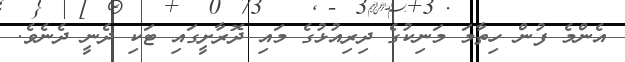
އެންމެ ފުން ހިތާމަ މަނިކުގެ ދިރިއުޅުގެ މައި ދޮރާށީގައި ޓަކި ދެނީ ދެނެވެ.